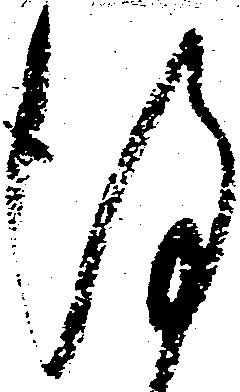
謹